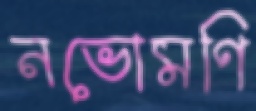
নভোমণি